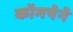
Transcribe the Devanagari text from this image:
कॉमपेने